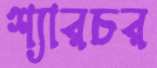
শ্যারচর